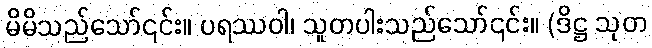
မိမိသည်သော်၎င်း။ ပရဿဝါ၊ သူတပါးသည်သော်၎င်း။ (ဒိဋ္ဌ သုတ